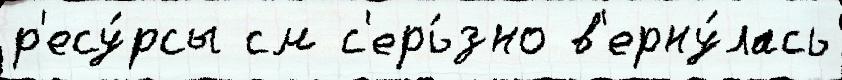
р'есу́рсы см с'ерь́зно в'ерну́лась